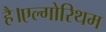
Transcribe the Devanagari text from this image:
है।एल्गोरिथम